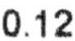
0.12